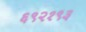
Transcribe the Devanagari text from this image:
६९२१९३